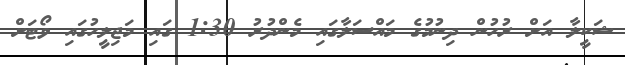
ޝަކީލާ އަށް ރުހުން ދިނުމުގެ މައްސަލާގައި މެންދުރު 1:30 ގައި މަޖިލީހުގައި ވޯޓަށް